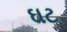
ઘટ